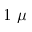
1 ~ \mu